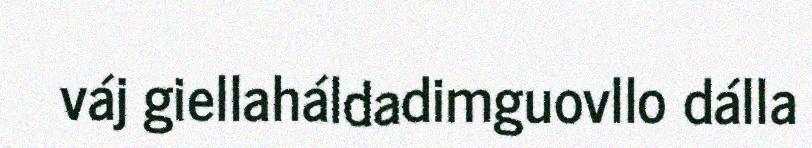
váj giellaháldadimguovllo dálla